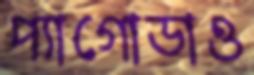
প্যাগোডাও